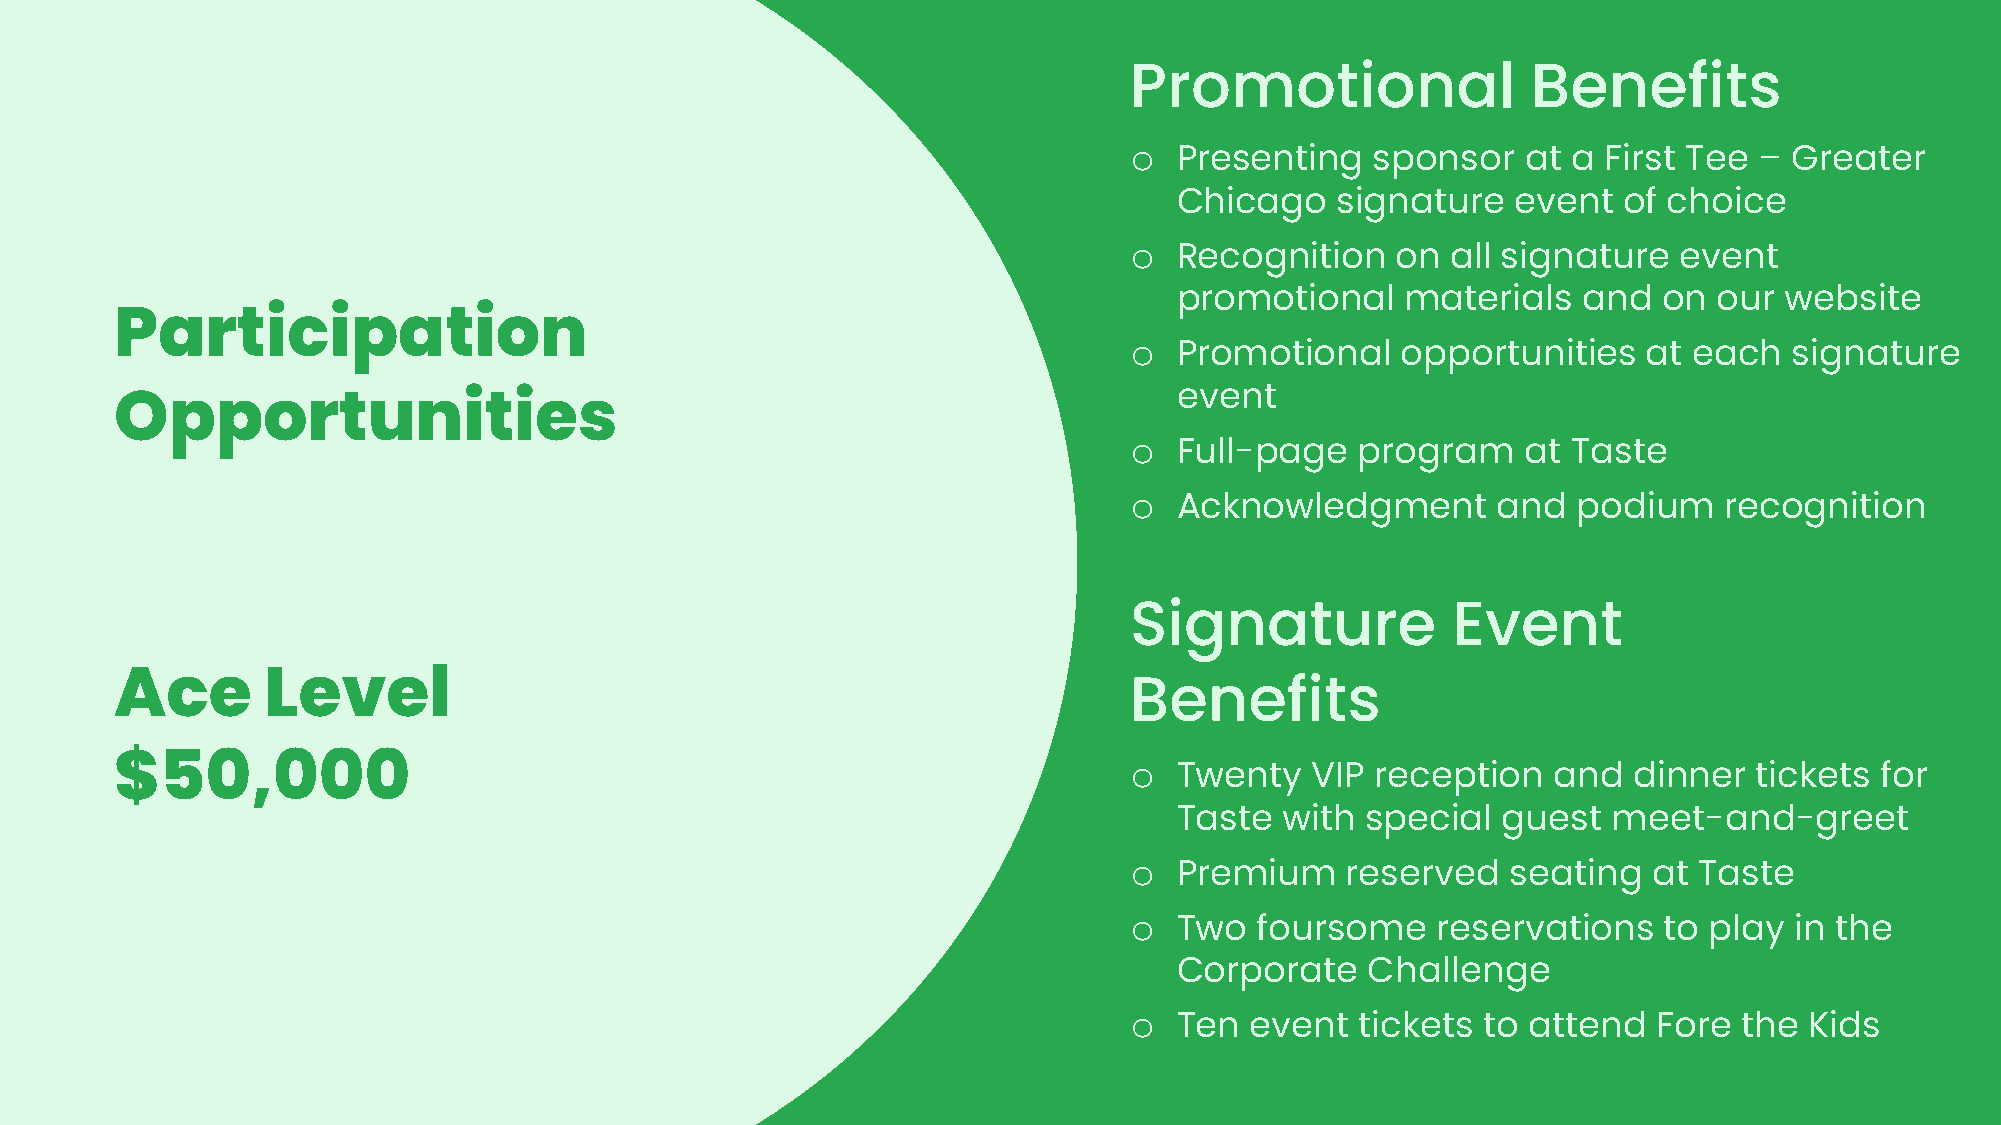
Promotional               Benefits
 o  Presenting   sponsor   at a First Tee –  Greater
 Chicago   signature   event  of choice
 o  Recognition   on  all signature  event
 promotional    materials   and  on  our website
 Participation
 o  Promotional    opportunities   at each   signature
 event
 Opportunities
 o  Full-page   program    at Taste
 o  Acknowledgment       and  podium    recognition
 Signature            Event
 Ace       Level
 Benefits
 $50,000                                                            o  Twenty   VIP reception   and  dinner  tickets for
 Taste  with special  guest   meet-and-greet
 o  Premium    reserved   seating  at Taste
 o  Two  foursome    reservations   to play  in the
 Corporate    Challenge
 o  Ten  event  tickets to attend   Fore the  Kids